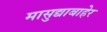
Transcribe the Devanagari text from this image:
मासुद्याबाहेर